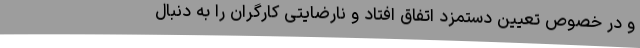
و در خصوص تعیین دستمزد اتفاق افتاد و نارضایتی کارگران را به دنبال